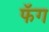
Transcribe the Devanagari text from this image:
फॅग